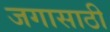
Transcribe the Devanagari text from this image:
जगासाठी